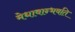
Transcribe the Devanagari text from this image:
मेधावान्भवति